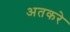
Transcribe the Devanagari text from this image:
अतकरे